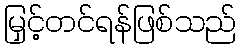
မြှင့်တင်ရန်ဖြစ်သည်